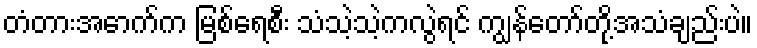
တံတားအောက်က မြစ်ရေစီး သံသဲ့သဲ့ကလွဲရင် ကျွန်တော်တို့အသံချည်းပဲ။